Scottish Leaving Certificate Examination, 1961
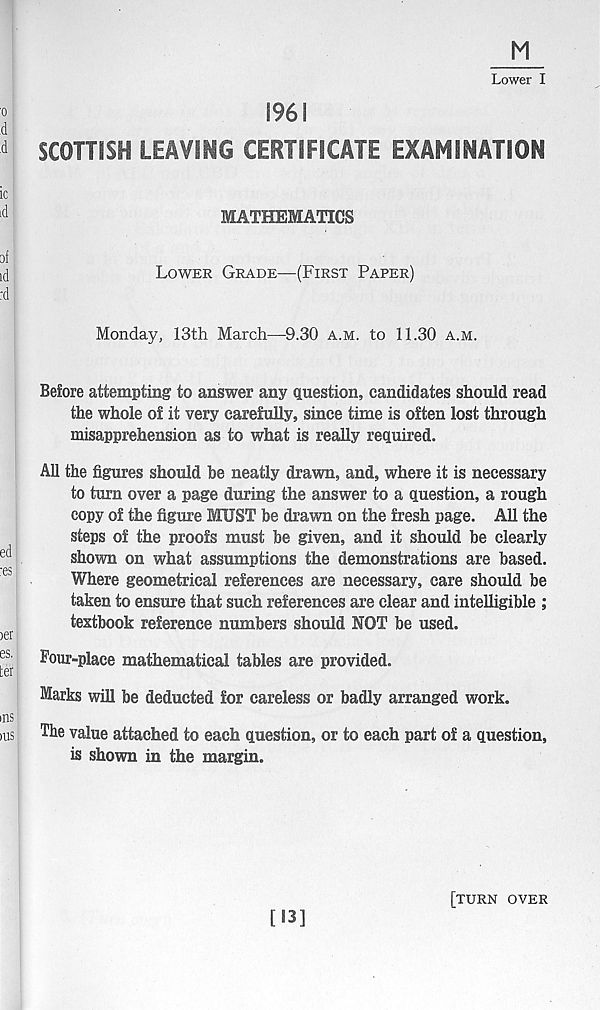
M
Lower I
1961
SCOTTISH LEAVING CERTIFICATE EXAMINATION
MATHEMATICS
Lower Grade—(First Paper)
Monday, 13th March—9.30 a.m. to 11.30 a.m.
Before attempting to answer any question, candidates should read
the whole of it very carefully, since time is often lost through
misapprehension as to what is really required.
All the figures should he neatly drawn, and, where it is necessary
to turn over a page during the answer to a question, a rough
copy of the figure MUST be drawn on the fresh page. All the
steps of the proofs must be given, and it should be clearly
shown on what assumptions the demonstrations are based.
Where geometrical references are necessary, care should be
taken to ensure that such references are clear and intelligible ;
textbook reference numbers should NOT be used.
Pour-place mathematical tables are provided.
Marks will be deducted for careless or badly arranged work.
The value attached to each question, or to each part of a question,
is shown in the margin.
[13]
[turn over